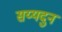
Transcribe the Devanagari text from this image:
सय्यदुन